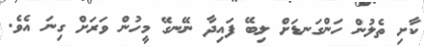
ކާށި ތެލުން ހަންގަނޑަށް ލިބޭ ފައިދާ ނޭނގޭ މީހުން ވަރަށް ގިނަ އެވެ.